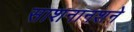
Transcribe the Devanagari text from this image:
साशनानशने